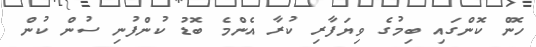
ހޮން ކޮންގައި ބިމުގެ ވިޔަފާރި ކުރާ އެންމެ ބޮޑު ކުންފުނި ސުން ކުން